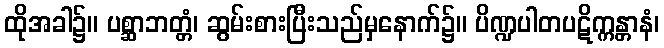
ထိုအခါ၌။ ပစ္ဆာဘတ္တံ၊ ဆွမ်းစားပြီးသည်မှနောက်၌။ ပိဏ္ဍပါတပဋိက္ကန္တာနံ၊